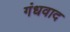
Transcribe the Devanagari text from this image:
गंधवाद